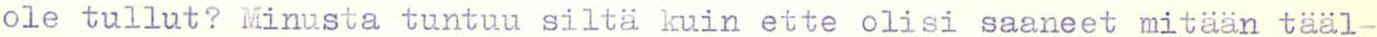
ole tullut? Minusta tuntuu siltä kuin ette olisi saaneet mitään tääl-